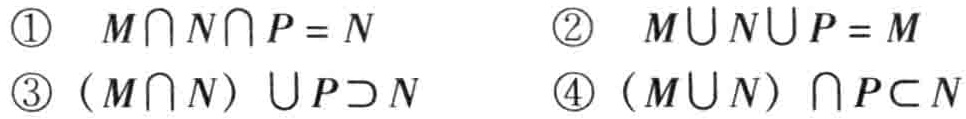
\textcircled{1} \(M\cap N\cap P = N\)  \textcircled{2} \(M\cup N\cup P = M\)
\textcircled{3} \((M\cap N)\cup P\supset N\)  \textcircled{4} \((M\cup N)\cap P\subset N\)